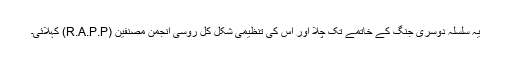
یہ سلسلہ دوسری جنگ کے خاتمے تک چلا اور اس کی تنظیمی شکل کل روسی انجمن مصنفین (R.A.P.P) کہلائی۔